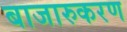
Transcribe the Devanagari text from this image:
बाजारुकरण